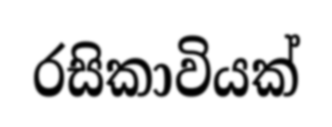
රසිකාවියක්